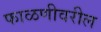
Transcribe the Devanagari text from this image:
फाळणीवरील